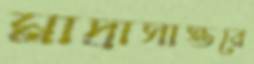
মাদ্রাসাস্তরে